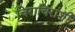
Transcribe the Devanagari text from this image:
चिराचिरांशी